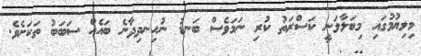
މިލިޔުމުގައި މިބަލާލަނީ ކަސްރަތު ކުރި ނަމަވެސް ބަނޑު ނުހިނދިދާނެ ބައެއް ސަބަބު ތަކަށެވެ.